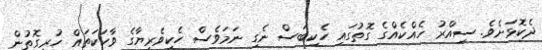
ދެކޮޅަށެވެ. ސިއްރު ހެއްކެއްގެ ގޮތުގައި ހެކިބަސް ނެގި ނަމަވެސް ހެކިވެރިޔާގެ ވާހަކަތައް ހުރިގޮތުން